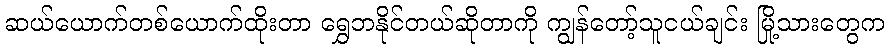
ဆယ်ယောက်တစ်ယောက်ထိုးတာ ရွှေဘနိုင်တယ်ဆိုတာကို ကျွန်တော့်သူငယ်ချင်း မြို့သားတွေက